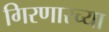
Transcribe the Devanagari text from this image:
गिरणारच्या